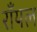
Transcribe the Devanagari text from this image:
राँयल